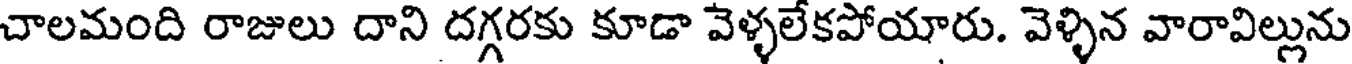
చాలమంది రాజులు దాని దగ్గరకు కూడా వెళ్ళలేకపోయారు. వెళ్ళిన వారావిల్లును